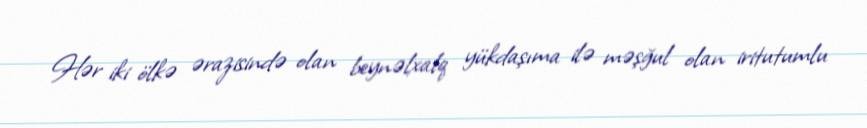
Hər iki ölkə ərazisində olan beynəlxalq yükdaşıma ilə məşğul olan iritutumlu